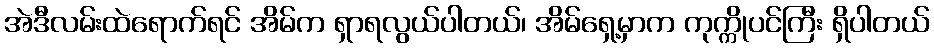
အဲဒီလမ်းထဲရောက်ရင် အိမ်က ရှာရလွယ်ပါတယ်၊ အိမ်ရှေ့မှာက ကုက္ကိုပင်ကြီး ရှိပါတယ်